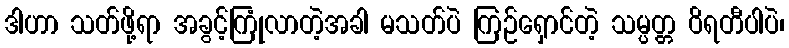
ဒါဟာ သတ်ဖို့ရာ အခွင့်ကြုံလာတဲ့အခါ မသတ်ပဲ ကြဉ်ရှောင်တဲ့ သမ္ပတ္တ ဝိရတီပါပဲ၊